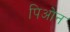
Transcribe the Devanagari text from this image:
पिओन